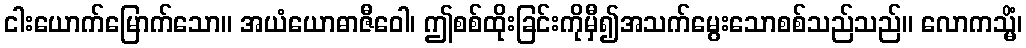
ငါးယောက်မြောက်သော။ အယံယောဓာဇီဝေါ၊ ဤစစ်ထိုးခြင်းကိုမှီ၍အသက်မွေးသောစစ်သည်သည်။ လောကသ္မိံ၊